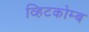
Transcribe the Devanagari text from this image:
व्हिटकोम्ब